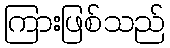
ကြားဖြစ်သည်